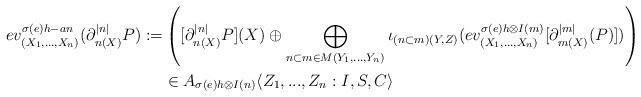
\begin{align*}ev_{(X_1,...,X_n)}^{\sigma (e) h-an}(\partial^{|n|}_{n(X)}P):=&\left([\partial^{|n|}_{n(X)}P](X)\oplus \bigoplus_{n\subset m\in M(Y_1,...,Y_n)}\iota_{(n\subset m)(Y,Z)}(ev_{(X_1,...,X_n)}^{\sigma (e) h\otimes I(m)}[\partial^{|m|}_{m(X)}(P)])\right)\\&\in A_{\sigma (e) h \otimes I(n)}\langle Z_1,...,Z_n:I,S,C\rangle\end{align*}